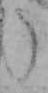
う